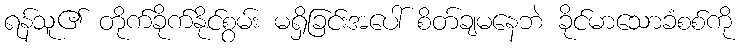
ရန်သူ၏ တိုက်ခိုက်နိုင်စွမ်း မရှိခြင်းအပေါ် စိတ်ချမနေဘဲ ခိုင်မာသောခံစစ်ကို